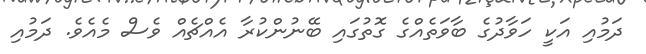
ދަމުއި އަކީ ހަވާދުގެ ބާވަތެއްގެ ގޮތުގައި ބޭނުންކުރާ އެއްޗެއް ވެސް މެއެވެ. ދަމުއި